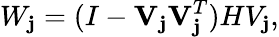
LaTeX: W_{\mathbf{j}}=(I-\mathbf{{V}}_{\mathbf{j}}\mathbf{{V}}_{\mathbf{j}}^{T})HV_{\mathbf{j}},